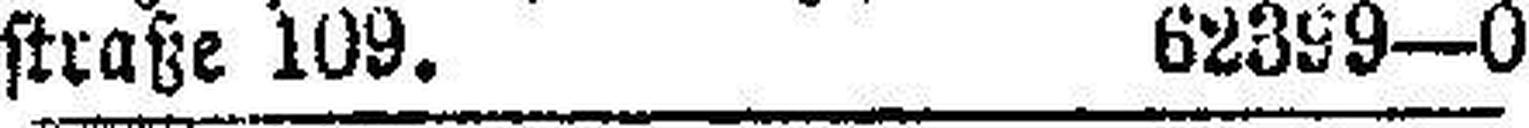
straße 109. 62399—0